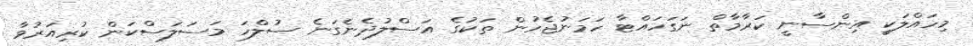
މިހައްލަކީ އިންސާނީ ކަރާމާތް ނަގަހައްޓާ ހަމަނުޖެހުން ތަކުގެ އަސްލުދެނެގަނެ ސުލްހަ މަސަލަސްކަން ކުރިއަރުވާ